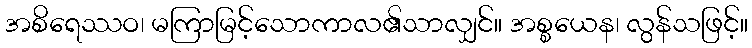
အစိရေဿဝ၊ မကြာမြင့်သောကာလ၏သာလျှင်။ အစ္စယေန၊ လွန်သဖြင့်။